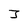
Character: J